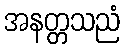
အနတ္တသညံ